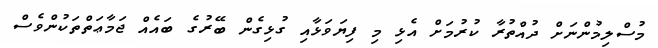
މުސްލިމުންނަށް ދުއްތުރާ ކުރުމަށް އެޅި މި ފިޔަވަޅާއި ގުޅިގެން ބޭރުގެ ބައެއް ޖަމާޢަތްތަކުންވެސް